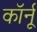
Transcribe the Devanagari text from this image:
कॉर्नू